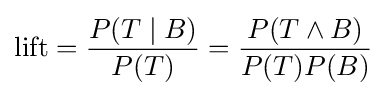
\operatorname {lift} ={\frac {P(T\mid B)}{P(T)}}={\frac {P(T\wedge B)}{P(T)P(B)}}